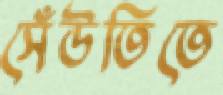
সেঁউতিতে